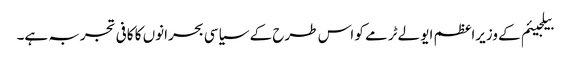
بیلجیئم کے وزیراعظم ایو لےٹرمے کو اس طرح کے سیاسی بحرانوں کا کافی تجربہ ہے۔